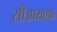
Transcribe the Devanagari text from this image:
सीआयएफ